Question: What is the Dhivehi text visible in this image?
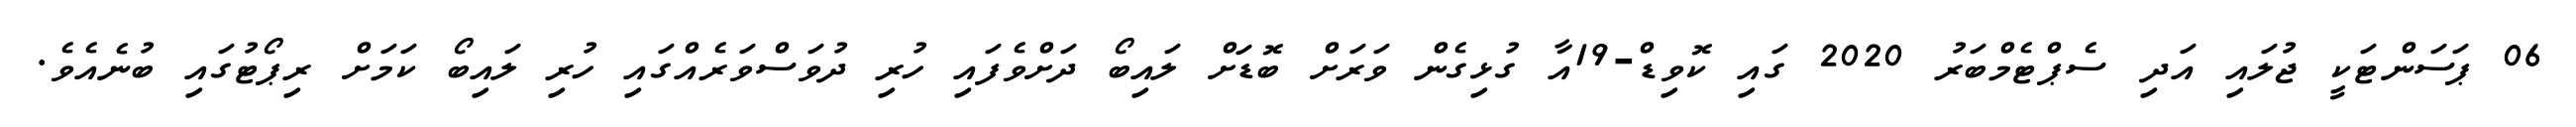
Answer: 06 ޕަސަންޓަކީ ޖުލައި އަދި ސެޕްޓެމްބަރު 2020 ގައި ކޮވިޑް-19އާ ގުޅިގެން ވަރަށް ބޮޑަށް ލައިބޯ ދަށްވެފައި ހުރި ދުވަސްވަރެއްގައި ހުރި ލައިބޯ ކަމަށް ރިޕޯޓުގައި ބުނެއެވެ.